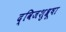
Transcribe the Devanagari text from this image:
द्विजशुश्रूषा